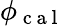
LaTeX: \phi_{\mathrm{~c~a~l~}}